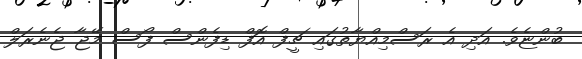
ބުންޏެވެ. އަދި އެ ރަސްމިއްޔާތުގައި ޗީފް އޮފް ޑިފެންސް ފޯސް މޭޖާ ޖެނެރަލް